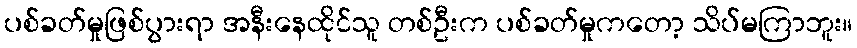
ပစ်ခတ်မှုဖြစ်ပွားရာ အနီးနေထိုင်သူ တစ်ဦးက ပစ်ခတ်မှုကတော့ သိပ်မကြာဘူး။